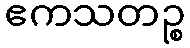
ဧကသတဉ္စ